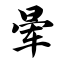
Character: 晕